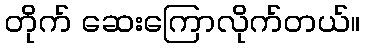
တိုက် ဆေးကြောလိုက်တယ်။